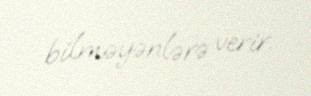
bilməyənlərə verir.